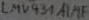
Text: LMV431AI